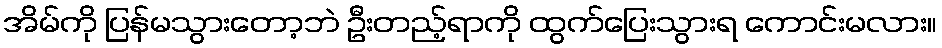
အိမ်ကို ပြန်မသွားတော့ဘဲ ဦးတည့်ရာကို ထွက်ပြေးသွားရ ကောင်းမလား။